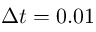
\Delta t = 0 . 0 1